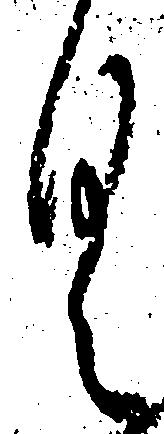
く